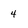
Character: 4